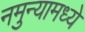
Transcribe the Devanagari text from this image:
नमुन्यामध्ये